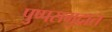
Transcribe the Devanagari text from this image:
पुष्पसमुद्रात